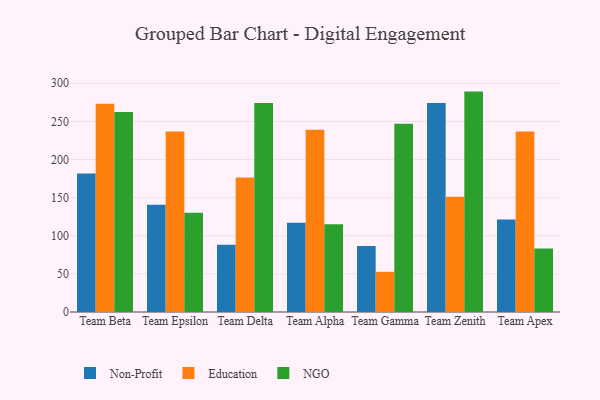
{"axis": {"x": "Team", "y": "Population (Million)"}, "legend": ["Education", "NGO", "Non-Profit"], "data": [{"x": "Team Beta", "y": 181.8, "type": "Non-Profit"}, {"x": "Team Beta", "y": 273.0, "type": "Education"}, {"x": "Team Beta", "y": 262.4, "type": "NGO"}, {"x": "Team Epsilon", "y": 140.8, "type": "Non-Profit"}, {"x": "Team Epsilon", "y": 236.9, "type": "Education"}, {"x": "Team Epsilon", "y": 130.1, "type": "NGO"}, {"x": "Team Delta", "y": 88.3, "type": "Non-Profit"}, {"x": "Team Delta", "y": 176.3, "type": "Education"}, {"x": "Team Delta", "y": 274.1, "type": "NGO"}, {"x": "Team Alpha", "y": 117.2, "type": "Non-Profit"}, {"x": "Team Alpha", "y": 238.9, "type": "Education"}, {"x": "Team Alpha", "y": 115.0, "type": "NGO"}, {"x": "Team Gamma", "y": 86.7, "type": "Non-Profit"}, {"x": "Team Gamma", "y": 52.7, "type": "Education"}, {"x": "Team Gamma", "y": 247.0, "type": "NGO"}, {"x": "Team Zenith", "y": 274.0, "type": "Non-Profit"}, {"x": "Team Zenith", "y": 151.1, "type": "Education"}, {"x": "Team Zenith", "y": 289.1, "type": "NGO"}, {"x": "Team Apex", "y": 121.4, "type": "Non-Profit"}, {"x": "Team Apex", "y": 236.9, "type": "Education"}, {"x": "Team Apex", "y": 83.3, "type": "NGO"}]}